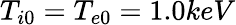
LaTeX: T_{i0}=T_{e0}=1.0keV